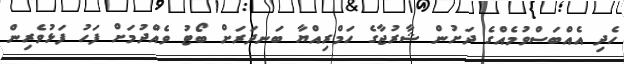
ހެދި އެއްބަސްވުމެއްގެ ދަށުން ޝާރުޖާގެ ހަމްރިއްޔާ ބަނދަރަށް ބޯޓު ވެއްދުމަށް ފަހު ފަޅުވެރިން